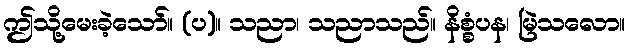
ဤသို့မေးခဲ့သော်။ (ပ)။ သညာ၊ သညာသည်။ နိစ္စံပန၊ မြဲသလော။